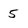
Character: 5